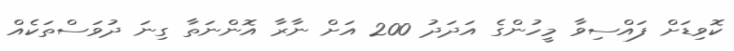
ކޮވިޑަށް ފައްސިވާ މީހުންގެ އަދަދު 200 އަށް ނާރާ އޮންނަތާ ގިނަ ދުވަސްތަކެއް